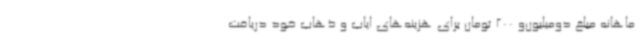
ماهانه مبلغ دومیلیون‌و 200 تومان برای هزینه‌های ایاب و ذهاب خود دریافت